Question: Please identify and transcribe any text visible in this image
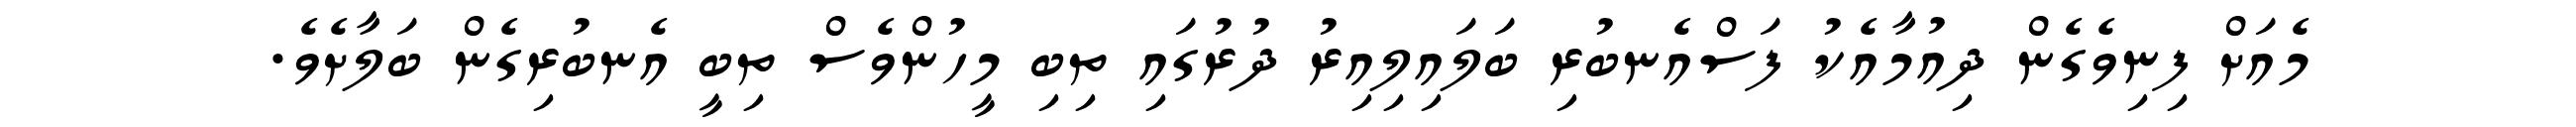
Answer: މެއަށް ފިނިވެގެން ދިއުމާއެކު ފަސްއެނބުރި ބަލައިލިއިރު ދުރުގައި ތިބި މީހުންވެސް ތިބީ އެނބުރިގެން ބަލާށެވެ.